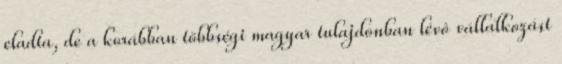
eladta, de a korábban többségi magyar tulajdonban lévô vállalkozást